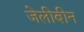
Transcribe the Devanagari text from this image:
जेलीबीन